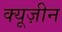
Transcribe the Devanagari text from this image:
क्यूज़ीन